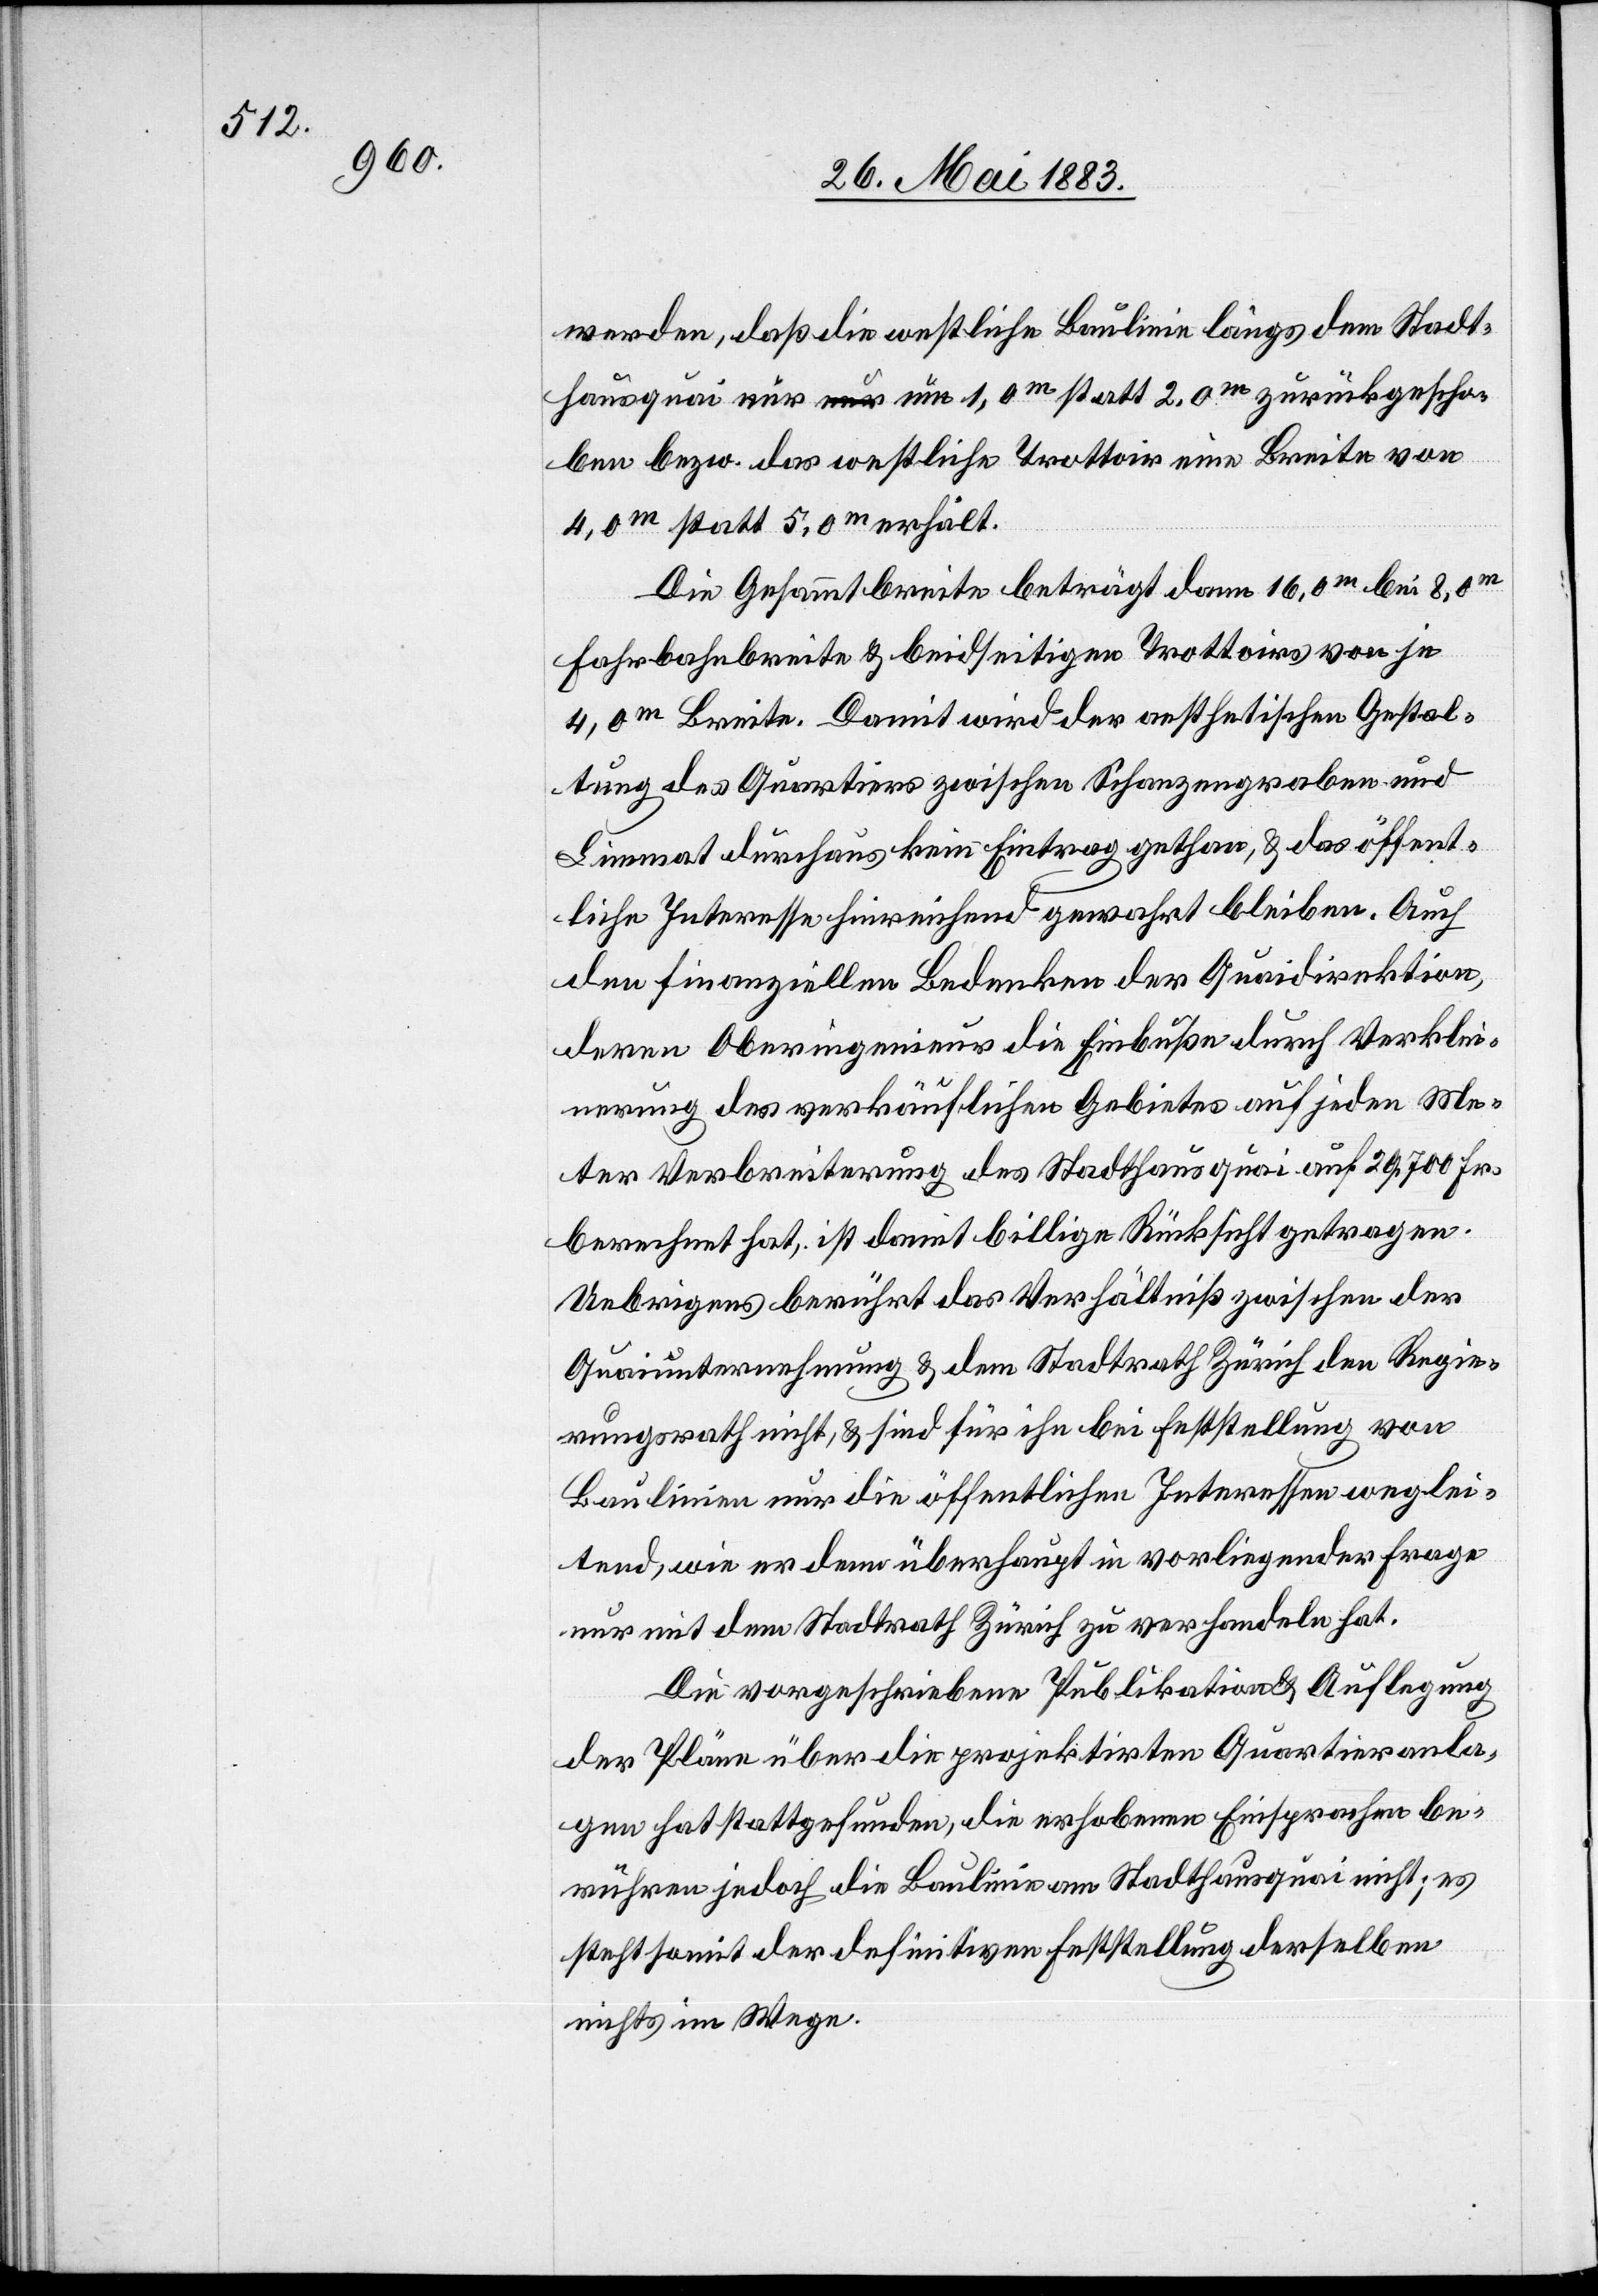
werden, daß die westliche Baulinie längs dem Stadt¬
hausquai nur um 1,0m statt 2,0m zurückgescho¬
ben bezw. das westliche Trottoir eine Breite von
4,0m statt 5,0m erhält.
Die Gesammtbreite beträgt dann 16,0m bei 0,8m
Fahrbahnbreite & beidseitigen Trottoirs vor je
4,0m Breite. Damit wird der aesthetischen Gestal¬
tung des Quartiers zwischen Schanzengraben und
Limmat durchaus kein Eintrag gethan, & das öffent¬
liche Interesse hinreichend gewahrt bleiben. Auch
den finanziellen Bedenken der Quaidirektion,
deren Oberingenieur die Einbuße durch Verklei¬
nerung des verkäuflichen Gebietes auf jeden Me¬
ter Verbreiterung des Stadthausquai auf 29,700 Fr.
berechnet hat, ist damit billige Rücksicht getragen.
Uebrigens berührt das Verhältniß zwischen der
Quaiunternehmung & dem Stadtrath Zürich den Regie¬
rungsrath nicht, & sind für ihn bei Feststellung von
Baulinien nur die öffentlichen Interessen weglei¬
tend, wie er denn überhaupt in vorliegender Frage
nur mit dem Stadtrath Zürich zu verhandeln hat.
Die vorgeschriebene Publikation & Auflegung
der Pläne über die projektirten Quartieranla¬
gen hat stattgefunden, die erhobene Einsprachen be¬
rühren jedoch die Baulinie am Stadthausquai nicht; es
steht somit der definitiven Feststellung derselben
nichts im Wege.